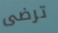
ترضى